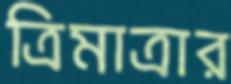
ত্রিমাত্রার